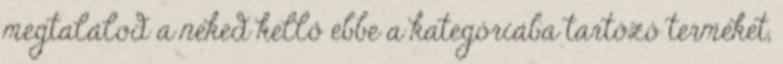
megtalálod a neked kellő ebbe a kategóriába tartózó terméket,